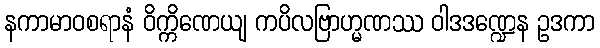
နကာမာဝစရာနံ ဝိက္ကိဏေယျ ကပိလဗြာဟ္မဏဿ ဝါဒဒဏ္ဍေန ဥဒကာ